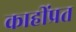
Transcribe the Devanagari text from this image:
काहींप्रत